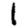
Digit: 1